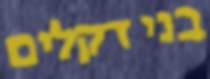
בני דקלים